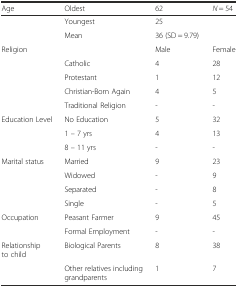
| Age | Oldest | 62 | N = 54 |
 | --- | --- | --- | --- |
 |  | Youngest | 25 |  |
 |  | Mean | 36 (SD = 9.79) |  |
 | Religion |  | Male | Female |
 |  | Catholic | 4 | 28 |
 |  | Protestant | 1 | 12 |
 |  | Christian-Born Again | 4 | 5 |
 |  | Traditional Religion | - | - |
 | Education Level | No Education | 5 | 32 |
 |  | 1 – 7 yrs | 4 | 13 |
 |  | 8 – 11 yrs | - | - |
 | Marital status | Married | 9 | 23 |
 |  | Widowed | - | 9 |
 |  | Separated | - | 8 |
 |  | Single | - | 5 |
 | Occupation | Peasant Farmer | 9 | 45 |
 |  | Formal Employment | - | - |
 | Relationship to child | Biological Parents | 8 | 38 |
 |  | Other relatives including grandparents | 1 | 7 |